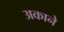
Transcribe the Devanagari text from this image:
अकाने